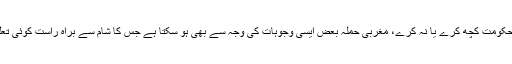
گویا شامی حکومت کچھ کرے یا نہ کرے، مغربی حملہ بعض ایسی وجوہات کی وجہ سے بھی ہو سکتا ہے جس کا شام سے براہ راست کوئی تعلق ہی نہ ہو۔